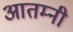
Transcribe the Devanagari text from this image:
आतम्नी